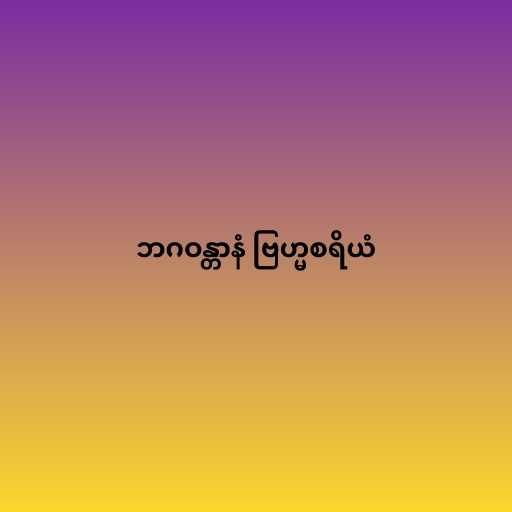
ဘဂဝန္တာနံ ဗြဟ္မစရိယံ